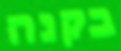
בקנה